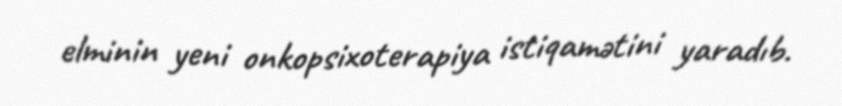
elminin yeni onkopsixoterapiya istiqamətini yaradıb.